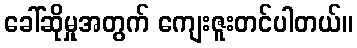
ခေါ်ဆိုမှုအတွက် ကျေးဇူးတင်ပါတယ်။